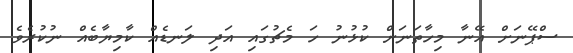
ސްޕޭނަށް އޭނާ މިހާތަނަށް ކުޅުނު ހަ މެޗުގައި އަދި ލަނޑެއް ކާމިޔާބެއް ނުކުރެވެ